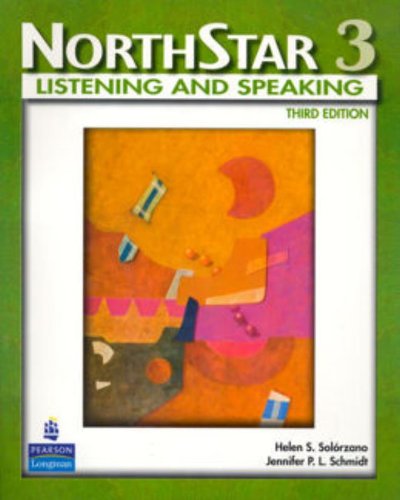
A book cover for NorthStar:  Listening and Speaking, Level 3, 3rd Edition; Helen S. Solorzano; Reference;